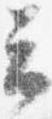
云